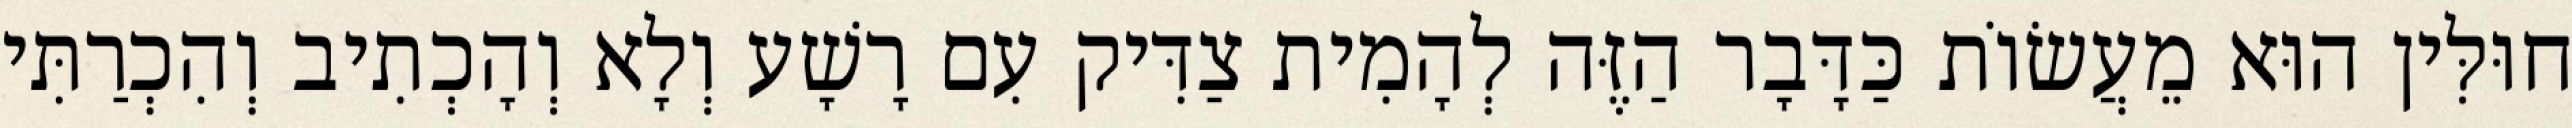
חוּלִּין הוּא מֵעֲשׂוֹת כַּדָּבָר הַזֶּה לְהָמִית צַדִּיק עִם רָשָׁע וְלָא וְהָכְתִיב וְהִכְרַתִּי